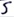
Text: S